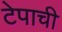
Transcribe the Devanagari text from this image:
टेपाची